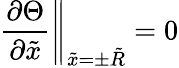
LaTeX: \left.\frac{\partial\Theta}{\partial\tilde{x}}\right\Vert_{\tilde{x}=\pm\tilde{R}}=0